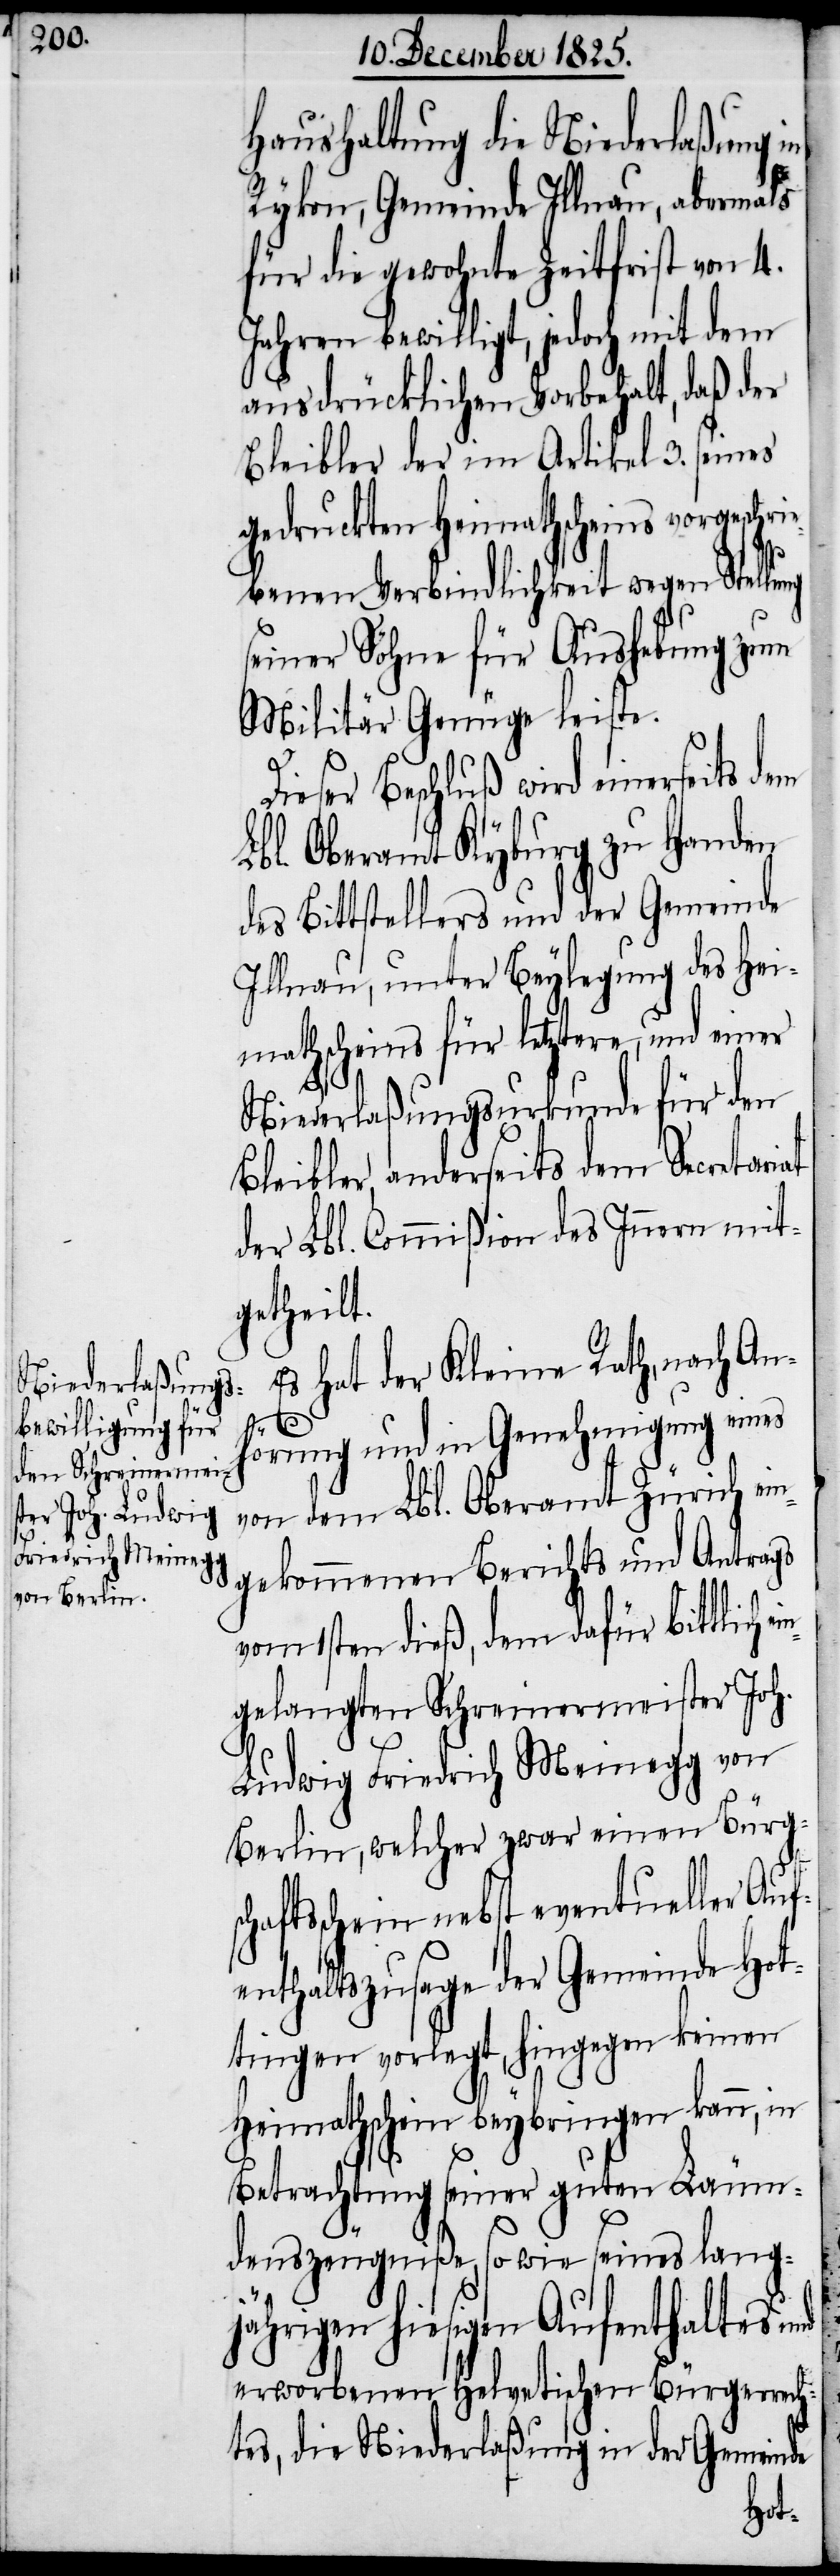
Haushaltung die Niederlaßung im
Rykon, Gemeinde Illnau, abermals
für die gewohnte Zeitfrist von 4.
Jahren bewilligt, jedoch mit dem
ausdrücklichen Vorbehalt, daß der
Bleibler der im Artikel 3. seines
gedruckten Heimathscheins vorgesc¬
ebenen Verbindlichkeit wegen Stell¬
seiner Söhne für Aushebung zum
Militär Genüge leiste.
Dieser Beschluß wird einerseits dem
Lbl. Oberamt Kyburg zu Handen
des Bittstellers und der Gemeinde
Illnau, unter Beylegung des Hei¬
mathscheins für letztere, und einer
Niederlaßungsurkunde für den
Bleibler, anderseits dem Secretariat
der Lbl. Commißion des Innern mit¬
getheilt.
Es hat der Kleine Rath, nach An¬
hörung und in Genehmigung eines
von dem Lbl. Oberamt Zürich ei¬
ngekommenen Berichts und Antrags
ung
vom 1sten dieß, dem dafür bittlich
gelangten Schreinermeister Joh.
Ludwig Friedrich Meinegg von
Berlin, welcher zwar einen Bürgsc¬
haftsschein nebst eventueller Auf¬
enthaltszusage der Gemeinde Hot¬
tingen vorlegt, hingegen keinen
Heimathschein beybringen kann, in
Betrachtung seiner guten Läumun¬
deszeugniße, sowie seines lang¬
jährigen hiesigen Aufenthaltes und
erworbenen helvetischen Bürgerrech¬
tes, die Niederlaßung in der Gemeinde
ein¬